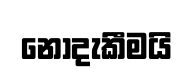
නොදැකීමයි